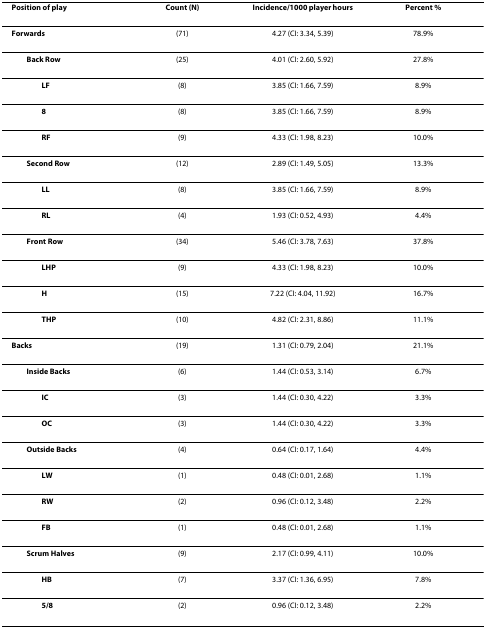
| Position of play | Count (N) | Incidence/1000 player hours | Percent % |
 | --- | --- | --- | --- |
 | Forwards | (71) | 4.27 (CI: 3.34, 5.39) | 78.9% |
 | Back Row | (25) | 4.01 (CI: 2.60, 5.92) | 27.8% |
 | LF | (8) | 3.85 (CI: 1.66, 7.59) | 8.9% |
 | 8 | (8) | 3.85 (CI: 1.66, 7.59) | 8.9% |
 | RF | (9) | 4.33 (CI: 1.98, 8.23) | 10.0% |
 | Second Row | (12) | 2.89 (CI: 1.49, 5.05) | 13.3% |
 | LL | (8) | 3.85 (CI: 1.66, 7.59) | 8.9% |
 | RL | (4) | 1.93 (CI: 0.52, 4.93) | 4.4% |
 | Front Row | (34) | 5.46 (CI: 3.78, 7.63) | 37.8% |
 | LHP | (9) | 4.33 (CI: 1.98, 8.23) | 10.0% |
 | H | (15) | 7.22 (CI: 4.04, 11.92) | 16.7% |
 | THP | (10) | 4.82 (CI: 2.31, 8.86) | 11.1% |
 | Backs | (19) | 1.31 (CI: 0.79, 2.04) | 21.1% |
 | Inside Backs | (6) | 1.44 (CI: 0.53, 3.14) | 6.7% |
 | IC | (3) | 1.44 (CI: 0.30, 4.22) | 3.3% |
 | OC | (3) | 1.44 (CI: 0.30, 4.22) | 3.3% |
 | Outside Backs | (4) | 0.64 (CI: 0.17, 1.64) | 4.4% |
 | LW | (1) | 0.48 (CI: 0.01, 2.68) | 1.1% |
 | RW | (2) | 0.96 (CI: 0.12, 3.48) | 2.2% |
 | FB | (1) | 0.48 (CI: 0.01, 2.68) | 1.1% |
 | Scrum Halves | (9) | 2.17 (CI: 0.99, 4.11) | 10.0% |
 | HB | (7) | 3.37 (CI: 1.36, 6.95) | 7.8% |
 | 5/8 | (2) | 0.96 (CI: 0.12, 3.48) | 2.2% |